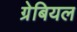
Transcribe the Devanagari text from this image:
ग्रेबियल